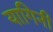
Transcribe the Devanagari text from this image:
यागिनी